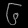
Digit: ၆